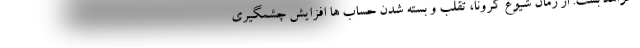
خواهد بست. از زمان شیوع کرونا، تقلب و بسته شدن حساب ها افزایش چشمگیری